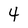
Character: 4